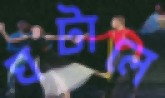
ঘটালে